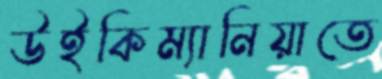
উইকিম্যানিয়াতে